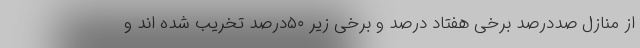
از منازل صددرصد برخی هفتاد درصد و برخی زیر ۵۰درصد تخریب شده اند و